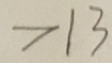
> 1 3